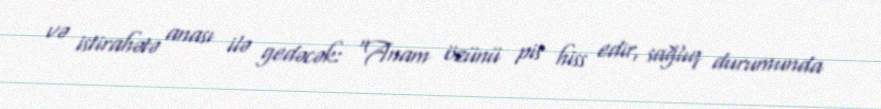
və istirahətə anası ilə gedəcək: “Anam özünü pis hiss edir, sağlıq durumunda